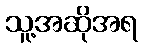
သူ့အဆိုအရ